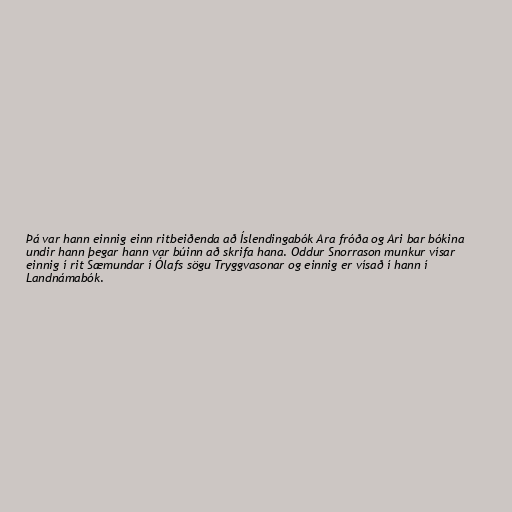
Þá var hann einnig einn ritbeiðenda að Íslendingabók Ara fróða og Ari bar bókina
undir hann þegar hann var búinn að skrifa hana. Oddur Snorrason munkur vísar
einnig í rit Sæmundar í Ólafs sögu Tryggvasonar og einnig er vísað í hann í
Landnámabók.